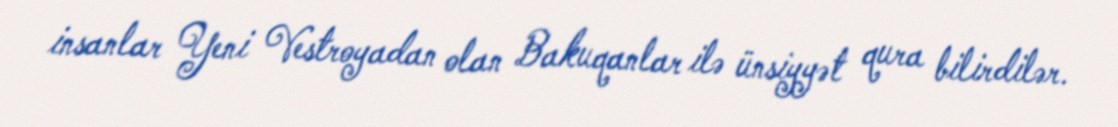
insanlar Yeni Vestroyadan olan Bakuqanlar ilə ünsiyyət qura bilirdilər.